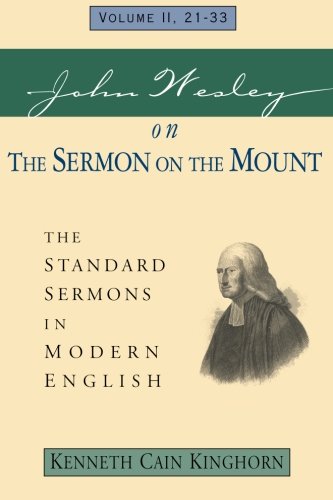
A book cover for John Wesley on The Sermon on the Mount Volume 2: The Standard Sermons in Modern English Volume 2, 21-33 (Standard Sermons of John Wesley); Kenneth Cain Kinghorn; Christian Books & Bibles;